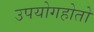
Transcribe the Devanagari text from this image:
उपयोगहोतो